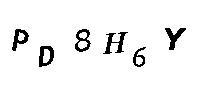
PD8H6Y